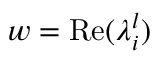
w = \mathrm { R e } ( \lambda _ { i } ^ { l } )